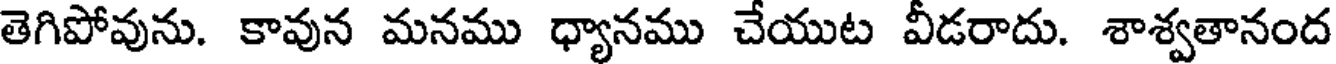
తెగిపోవును. కావున మనము ధ్యానము చేయుట వీడరాదు. శాశ్వతానంద